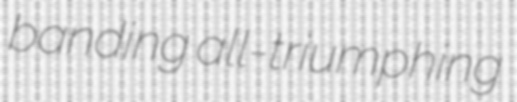
banding all-triumphing